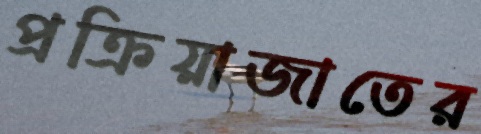
প্রক্রিয়াজাতের